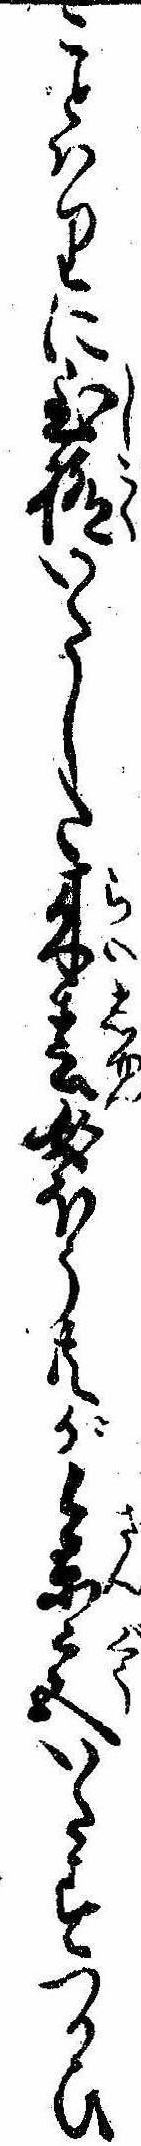
ことはりに至極いたした来春女ほう共が参宮いたすつかひ